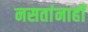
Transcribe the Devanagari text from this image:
नसतांनाहीं